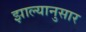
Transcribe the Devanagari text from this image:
झाल्यानुसार